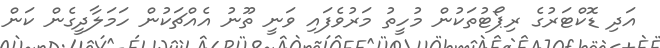
އަދި ޑޮކްޓަރުގެ ރިޕޯޓުތަކުން މުހީތު މަރުވެފައި ވަނީ ތޫނު އެއްޗަކުން ހަމަލާދީގެން ކަން